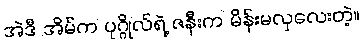
အဲဒီ အိမ်က ပုဂ္ဂိုလ်ရဲ့ ဇနီးက မိန်းမလှလေးတဲ့။